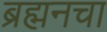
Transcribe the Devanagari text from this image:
ब्रह्मनचा